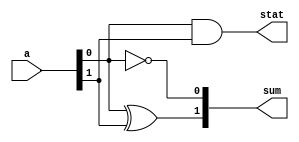
`timescale 1ns / 1ps
//////////////////////////////////////////////////////////////////////////////////
// Module Name: 2-bit fulladder 
// Description: 
// Note: in this adder, one is always adding 1 to the previous number
//////////////////////////////////////////////////////////////////////////////////

module fulladder(stat, sum, a);

//Input Ports

input [1:0] a; //input a 2 bit register

//Output Ports

output [1:0] sum; //output 2 bit registers
output stat; //see whether registers overflown

//Input ports Data Type
// By rule all the input ports should be wires
wire [1:0] a;

//Output Ports Data Type
// Output port can be a storage element (reg) or a wire
wire [1:0] sum;
wire stat;


wire w0, w1, w2, w3, w_sum0, w_sum1, w_stat;
	
	//set LSB of input to w_sum0
	xor u0(sum[0], a[0], 1'b1);

	//set MSB of input to w_sum1
	and u1(w0, a[0], 1'b1);
	xor u2(w1, a[1], 1'b0);
	and u3(w2, a[1], 1'b0);
	and u4(w3, w0, w1);
	xor u5(sum[1], w0, w1);

	//set carry out to be w_stat
	or  u6(stat, w2, w3);



endmodule